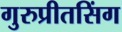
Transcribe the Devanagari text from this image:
गुरुप्रीतसिंग